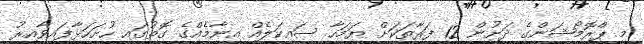
މި ޕްރޮމޯޝަންގެ ދަށުން 12 ފަރާތަކަށް ޔަމަހާ ސައިކަލެއް އިނާމެއްގެ ގޮތުގައި ހުށަހަޅާފައިވާއިރު